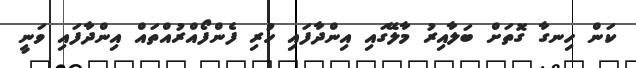
ކަން ހިނގާ ގޮތަށް ބަލާއިރު މާލޭގައި އިންދާފައި ހުރި ފެންފޯއްރުއްތައް އިންދާފައި ވަނީ